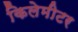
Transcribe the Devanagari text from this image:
किलेमीटर